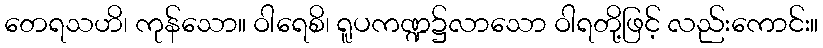
တေရသဟိ၊ ကုန်သော။ ဝါရေစိ၊ ရူပကဏ္ဍ၌လာသော ဝါရတို့ဖြင့် လည်းကောင်း။